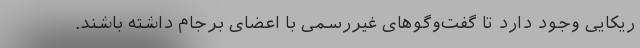
ریکایی وجود دارد تا گفت‌وگوهای غیررسمی با اعضای برجام داشته باشند.